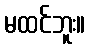
မထင်ဘူး။